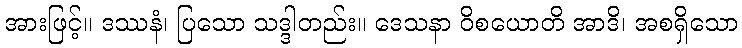
အားဖြင့်။ ဒဿနံ၊ ပြသော သဒ္ဒါတည်း။ ဒေသနာ ဝိစယောတိ အာဒိ၊ အစရှိသော